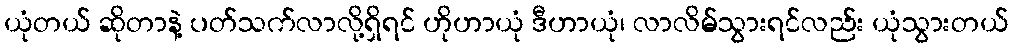
ယုံတယ် ဆိုတာနဲ့ ပတ်သက်လာလို့ရှိရင် ဟိုဟာယုံ ဒီဟာယုံ၊ လာလိမ်သွားရင်လည်း ယုံသွားတယ်